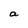
Character: a